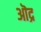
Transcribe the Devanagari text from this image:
ऒद्र